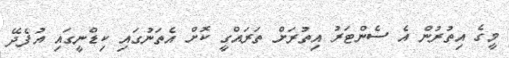
މީގެ އިތުރުން އެ ސެންޓަރު އިތުރަށް ތަރައްގީ ކޮށް އެތަނުގައި ކިޑްނީގައި އުފެދޭ